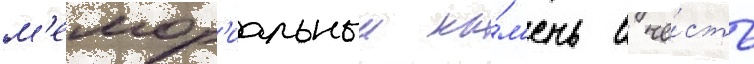
м'емор'иальныи ка́м'ень в че́сть